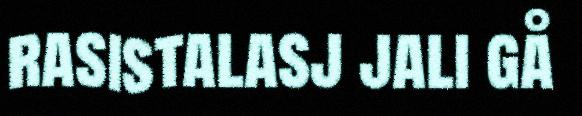
rasistalasj jali gå